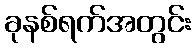
ခုနစ်ရက်အတွင်း